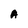
Character: A